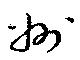
州